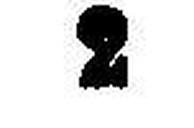
2